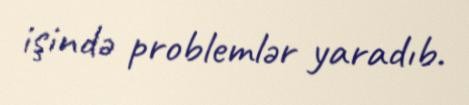
işində problemlər yaradıb.